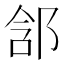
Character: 𨛣